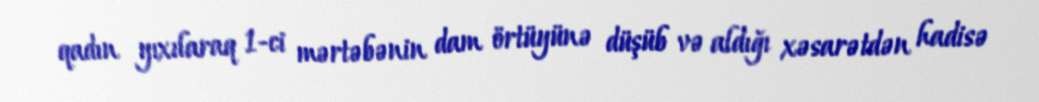
qadın yıxılaraq 1-ci mərtəbənin dam örtüyünə düşüb və aldığı xəsarətdən hadisə